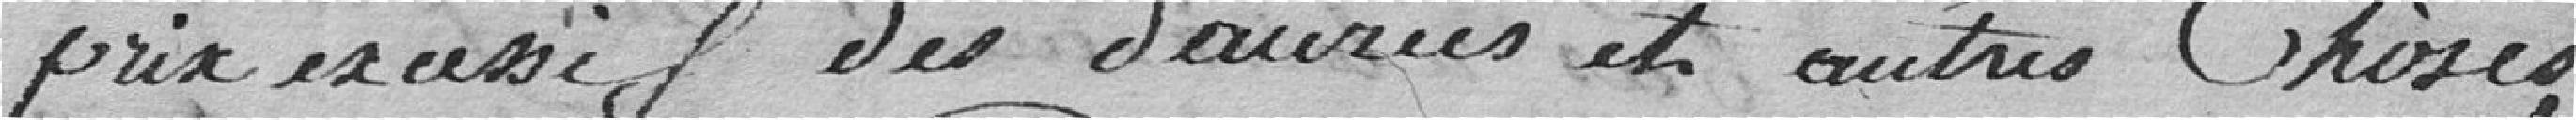
prix excessif des denrées et autres choses